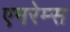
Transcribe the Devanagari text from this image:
एमरेम्स